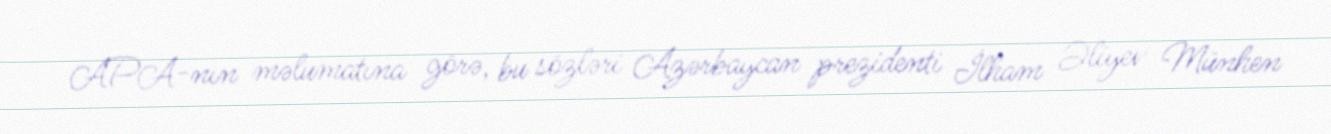
APA-nın məlumatına görə, bu sözləri Azərbaycan prezidenti İlham Əliyev Münhen